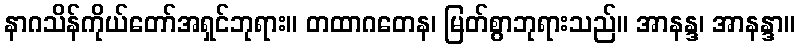
နာဂသိန်ကိုယ်တော်အရှင်ဘုရား။ တထာဂတေန၊ မြတ်စွာဘုရားသည်။ အာနန္ဒ၊ အာနန္ဒာ။